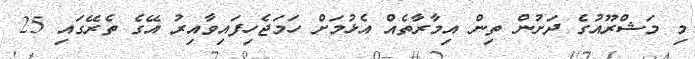
މި މަޝްރޫއުގެ ދަށުން ތިން އިމާރާތެއް އެޅުމަށް ހަމަޖެހިފައިވާއިރު އޭގެ ތެރޭގައި 25